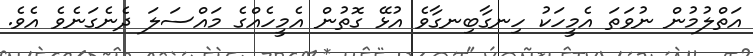
އަތްލުމުން ނުވަތަ އެމީހަކު ހިނގާބިނގާވެ އުޅޭ ގޮތުން އެމީހެއްގެ މައްސަލަ ދެނެގަނެވެ އެވެ.